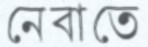
নেবাতে